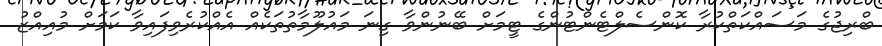
ބްރިޖުގެ މަސައްކަތްކުރާ ކޮންސެލްޓެންޓުންގެ ޓީމަށް ބޭނުންވާ ގިނަ މައުލޫމާތުތަކެއް އެއްކުރެވިފައިވާ ކަމަށް މުއިއްޒު